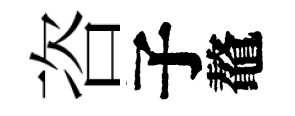
咨子鼇